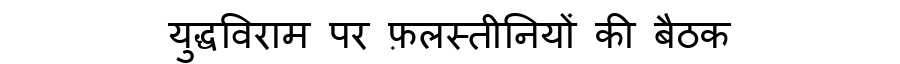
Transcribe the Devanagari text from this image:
युद्धविराम पर फ़लस्तीनियों की बैठक